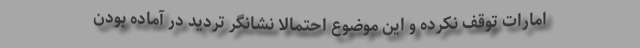
امارات توقف نکرده و این موضوع احتمالا نشانگر تردید در آماده بودن